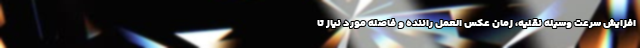
افزایش سرعت وسیله نقلیه، زمان عکس العمل راننده و فاصله مورد نیاز تا